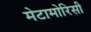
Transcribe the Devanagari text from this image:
मेटामोरिसी